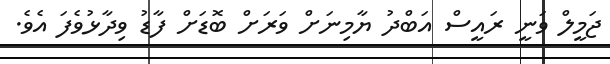
ޖަމީލް ވަނީ ރައީސް އަބްދު ޔާމިނަށް ވަރަށް ބޮޑަށް ފާޑު ވިދާޅުވެފަ އެވެ.